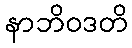
နာဘိဝဒတိ